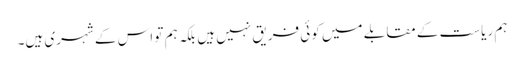
ہم ریاست کے مقابلے میں کوئی فریق نہیں ہیں بلکہ ہم تو اس کے شہری ہیں۔